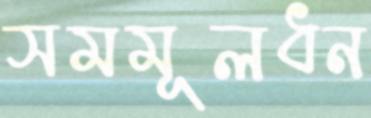
সমমূলধন